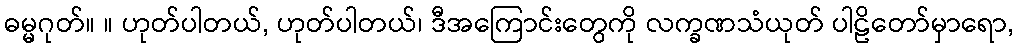
ဓမ္မဂုတ်။ ။ ဟုတ်ပါတယ်, ဟုတ်ပါတယ်၊ ဒီအကြောင်းတွေကို လက္ခဏသံယုတ် ပါဠိတော်မှာရော,